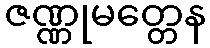
ဇဏ္ဏုမတ္တေန